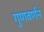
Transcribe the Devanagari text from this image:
गुणवर्णंन